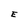
Character: E